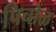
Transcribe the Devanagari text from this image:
पिचोळ